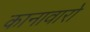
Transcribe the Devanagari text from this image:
कानावारो